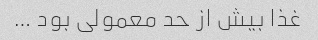
غذا بیش از حد معمولى بود …